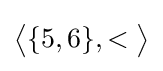
{\big \langle }\{5,6\},<{\big \rangle }